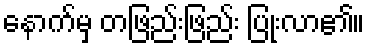
နောက်မှ တဖြည်းဖြည်း ပြုံးလာ၏။